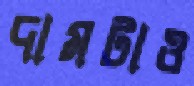
দামটাও